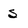
Character: s